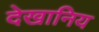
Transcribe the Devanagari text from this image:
देखानिय